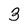
Character: 3